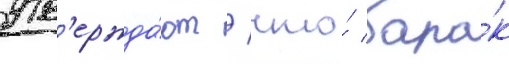
утв'ержда́ют / что́ бара́к